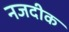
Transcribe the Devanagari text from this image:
नजदीक